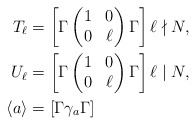
\begin{align*} T_\ell & = \left[ \Gamma \begin{pmatrix} 1 & 0 \\ 0 & \ell \end{pmatrix} \Gamma \right] \ell \nmid N,\\ U_\ell & = \left[ \Gamma \begin{pmatrix} 1 & 0 \\ 0 & \ell \end{pmatrix} \Gamma \right] \ell \mid N,\\ \langle a \rangle & = [\Gamma \gamma_a \Gamma] \end{align*}